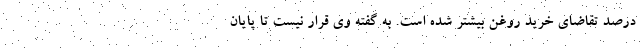
درصد تقاضای خرید روغن بیشتر شده است. به گفته وی قرار نیست تا پایان